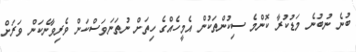
ބުނެ ނުބުނެ މަޑުކުރާ ކޮންމެ ސިކުންތަކުން އެމީހެއްގެ ހިތަށް ނުތަނަވަސްކަން ވެރިވާނެކަން ވަރަށް